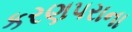
કરણપરાના